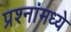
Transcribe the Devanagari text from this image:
प्रश्‍नांमध्‍ये